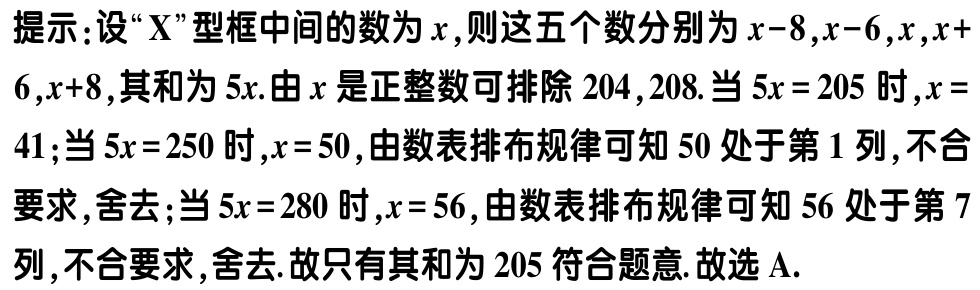
提示：设“$\text{X}$”型框中间的数为$x$,则这五个数分别为$x - 8,x - 6,x,x + 6,x + 8$,其和为$5x$.由$x$是正整数可排除$204,208$.当$5x = 205$时,$x = 41$;当$5x = 250$时,$x = 50$,由数表排布规律可知$50$处于第$1$列,不合要求,舍去;当$5x = 280$时,$x = 56$,由数表排布规律可知$56$处于第$7$列,不合要求,舍去.故只有其和为$205$符合题意.故选A.